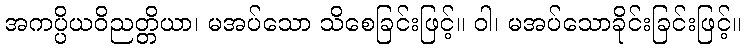
အကပ္ပိယဝိညတ္တိယာ၊ မအပ်သော သိစေခြင်းဖြင့်။ ဝါ၊ မအပ်သောခိုင်းခြင်းဖြင့်။